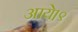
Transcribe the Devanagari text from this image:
आये।९